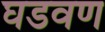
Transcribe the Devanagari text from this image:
घडवण